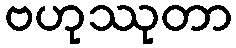
ဗဟုဿုတာ